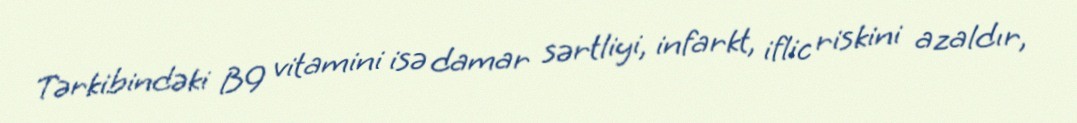
Tərkibindəki B9 vitamini isə damar sərtliyi, infarkt, iflic riskini azaldır,